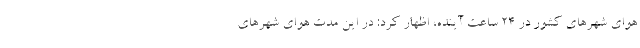
هوای شهرهای کشور در 24 ساعت آینده، اظهار کرد: در این مدت هوای شهرهای